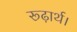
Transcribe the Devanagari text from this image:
रूढ़ार्थ।